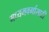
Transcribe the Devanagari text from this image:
मध्यमवर्गासाठी